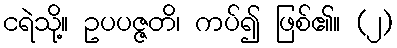
ငရဲသို့။ ဥပပဇ္ဇတိ၊ ကပ်၍ ဖြစ်၏။ (၂)